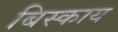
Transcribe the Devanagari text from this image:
बिस्काय